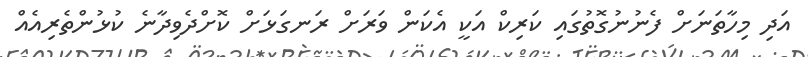
އަދި މިހާތަނަށް ފެނުނުގޮތުގައި ކަރިކް އަކީ އެކަން ވަރަށް ރަނގަޅަށް ކޮށްދެވިދާނެ ކުޅުންތެރިއެއް